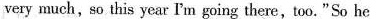
very much,so this year I'm going there,too."So he